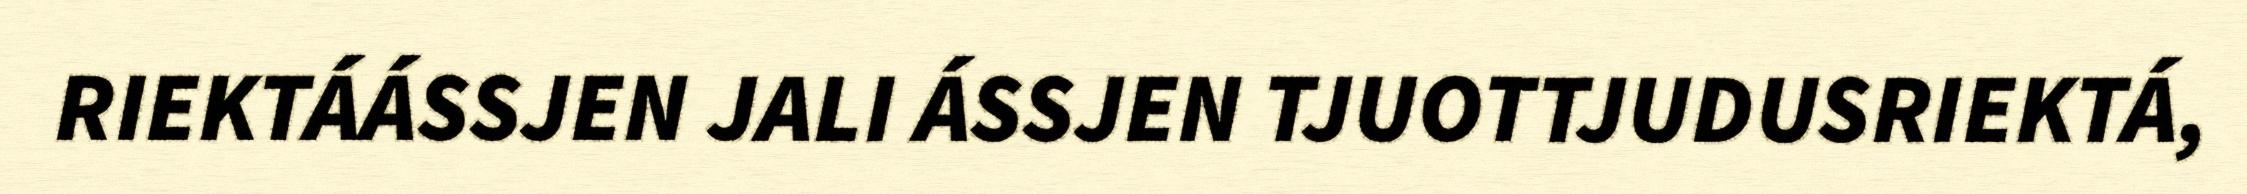
RIEKTÁÁSSJEN JALI ÁSSJEN TJUOTTJUDUSRIEKTÁ,